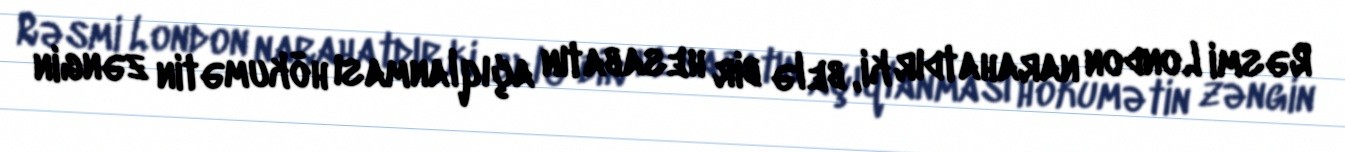
Rəsmi London narahatdır ki, belə bir hesabatın açıqlanması hökumətin zəngin